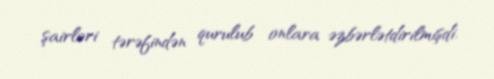
şairləri tərəfindən qurulub onlara əzbərlətdirilmişdi.